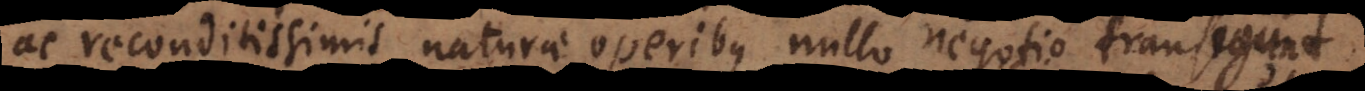
ac reconditissimis naturae operibus nullo negotio transigunt,